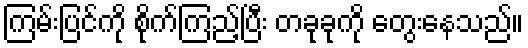
ကြမ်းပြင်ကို စိုက်ကြည့်ပြီး တခုခုကို တွေးနေသည်။